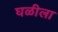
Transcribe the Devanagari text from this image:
घळीला